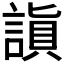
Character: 𬢻